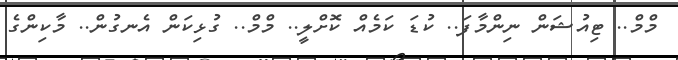
މްމް.. ޓިއުޝަން ނިންމާފަ.. ކުޑަ ކަމެއް ކޮށްލީ.. މްމް.. ގުޅިކަން އެނގުން.. މާކިންގެ